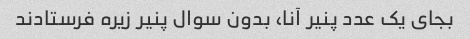
بجای یک عدد پنیر آنا، بدون سوال پنیر زیره فرستادند